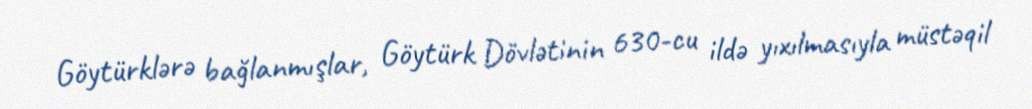
Göytürklərə bağlanmışlar, Göytürk Dövlətinin 630-cu ildə yıxılmasıyla müstəqil